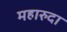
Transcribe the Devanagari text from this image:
महारुदा